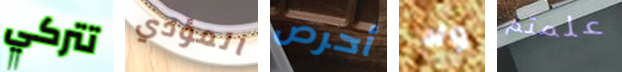
تتركي المؤدي أحرص ولا علمتم